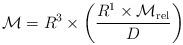
LaTeX: \begin{align*}{\cal M} = R^3 \times \left({ R^1 \times {\cal M}_{\rm rel} \over D} \right )\end{align*}